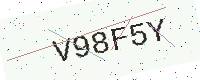
Text: V98F5Y